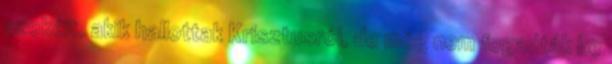
azokéit, akik hallottak Krisztusról, de még nem fogadták be